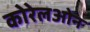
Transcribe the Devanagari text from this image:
कोरेलओन